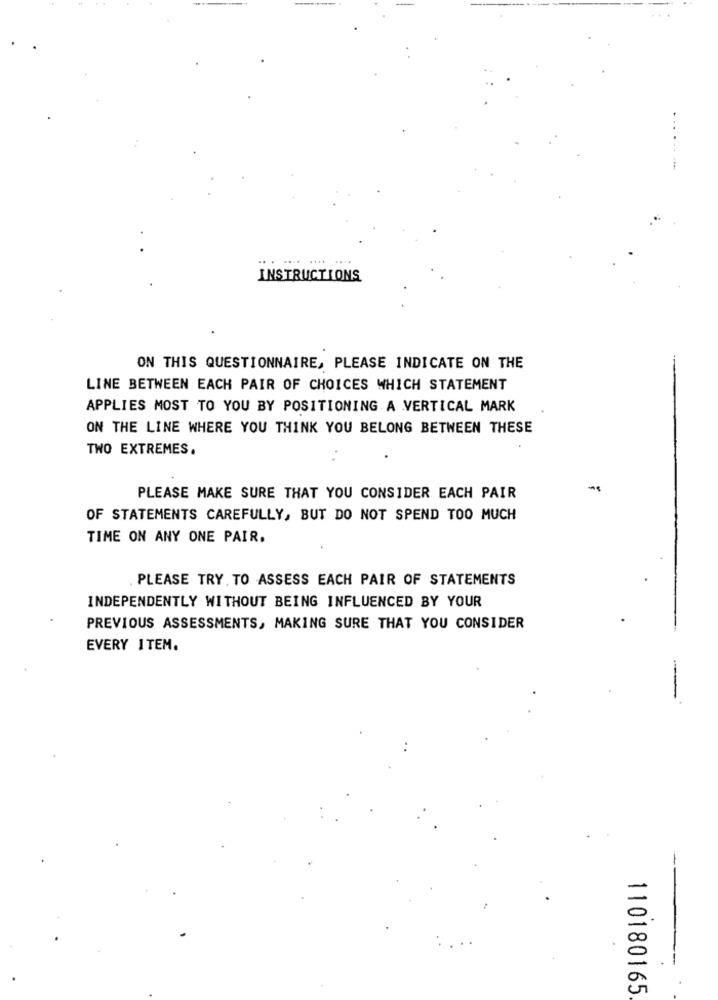
INSTRUCTIONS
ON THIS QUESTIONNAIRE, PLEASE INDICATE ON THE
LINE BETWEEN EACH PAIR OF CHOICES WHICH STATEMENT
APPLIES MOST TO YOU BY POSITIONING A VERTICAL MARK
ON THE LINE WHERE YOU THINK YOU BELONG BETWEEN THESE
TWO EXTREMES.
PLEASE MAKE SURE THAT YOU CONSIDER EACH PAIR
OF STATEMENTS CAREFULLY, BUT DO NOT SPEND TOO MUCH
TIME ON ANY ONE PAIR.
PLEASE TRY TO ASSESS EACH PAIR OF STATEMENTS
INDEPENDENTLY WITHOUT BEING INFLUENCED BY YOUR
PREVIOUS ASSESSMENTS, MAKING SURE THAT YOU CONSIDER
EVERY ITEM.
110180165